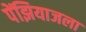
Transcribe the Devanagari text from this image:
पेंझियाजला